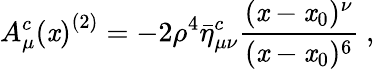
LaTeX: {A_{\mu}^{c}(\mathit{x})}^{(2)}=-2\rho^{4}\bar{{\eta}}_{\mu\nu}^{c}{\frac{{(\mathit{x}-\mathit{x}_{0})^{\nu}}}{{(\mathit{x}-\mathit{x}_{0})^{6}}}}~,